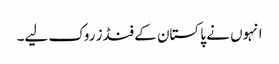
انہوں نے پاکستان کے فنڈز روک لیے۔